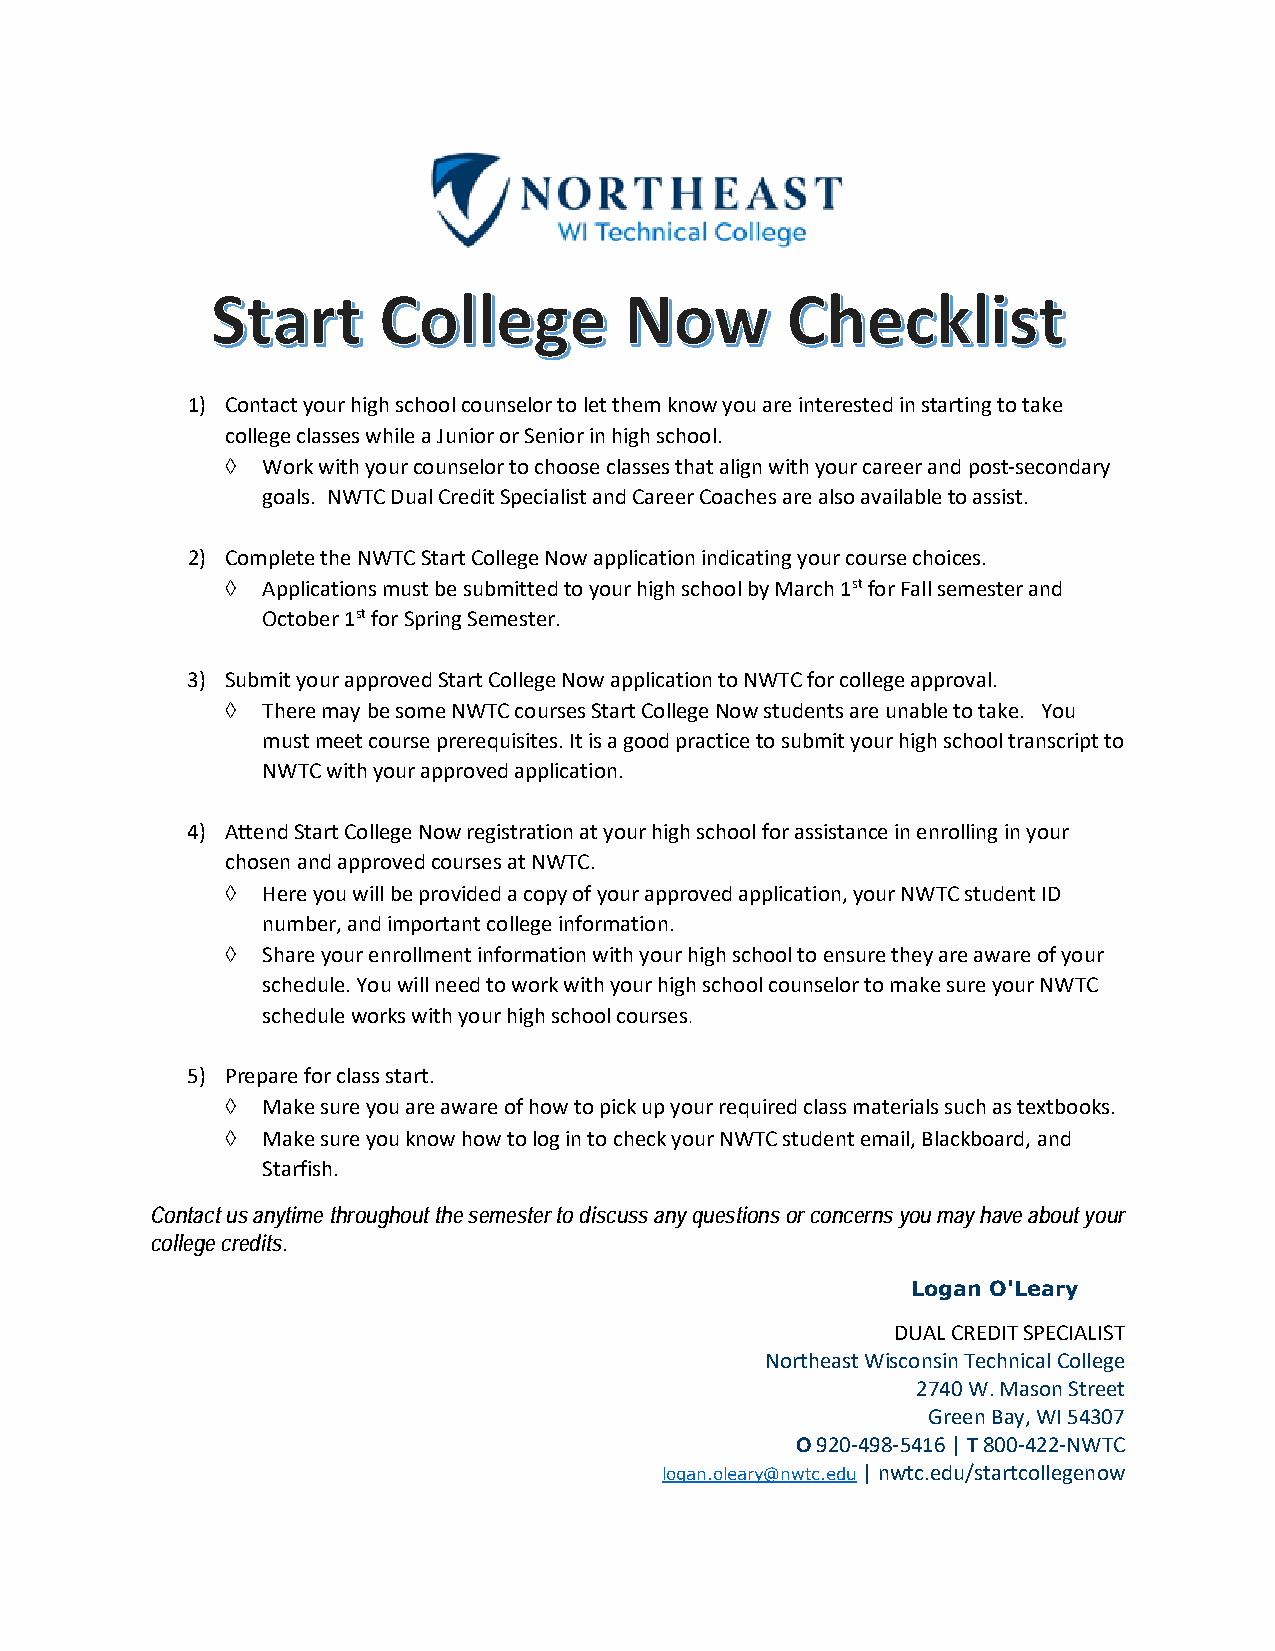
1) Contact your high school counselor to let them know you are interested in starting to take
 college classes while a Junior or Senior in high school.
 ◊ Work with your counselor to choose classes that align with your career and post-secondary
 goals. NWTC Dual Credit Specialist and Career Coaches are also available to assist.
 2) Complete the NWTC Start College Now application indicating your course choices.
 ◊ Applications must be submitted to your high school by March 1st for Fall semester and
 October 1st for Spring Semester.
 3) Submit your approved Start College Now application to NWTC for college approval.
 ◊ There may be some NWTC courses Start College Now students are unable to take. You
 must meet course prerequisites. It is a good practice to submit your high school transcript to
 NWTC with your approved application.
 4) Attend Start College Now registration at your high school for assistance in enrolling in your
 chosen and approved courses at NWTC.
 ◊ Here you will be provided a copy of your approved application, your NWTC student ID
 number, and important college information.
 ◊ Share your enrollment information with your high school to ensure they are aware of your
 schedule. You will need to work with your high school counselor to make sure your NWTC
 schedule works with your high school courses.
 5) Prepare for class start.
 ◊ Make sure you are aware of how to pick up your required class materials such as textbooks.
 ◊ Make sure you know how to log in to check your NWTC student email, Blackboard, and
 Starfish.
 Contact us anytime throughout the semester to discuss any questions or concerns you may have about your
 college credits.
 Logan O'Leary
 DUAL CREDIT SPECIALIST
 Northeast Wisconsin Technical College
 2740 W. Mason Street
 Green Bay, WI 54307
 O 920-498-5416 | T 800-422-NWTC
 logan.oleary@nwtc.edu | nwtc.edu/startcollegenow